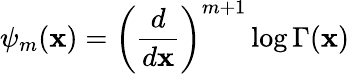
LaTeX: \psi_{m}(\mathbf{x})=\left(\frac{{d}}{{d\mathbf{x}}}\right)^{m+1}\log\Gamma(\mathbf{x})